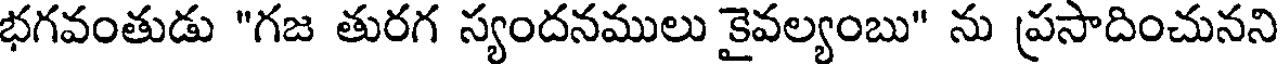
భగవంతుడు "గజ తురగ స్యందనములు కైవల్యంబు" ను ప్రసాదించునని